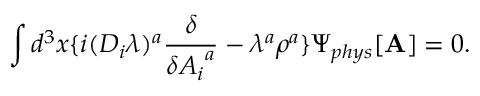
\int d ^ { 3 } x \{ i ( D _ { i } \lambda ) ^ { a } \frac { \delta } { \delta { A _ { i } } ^ { a } } - \lambda ^ { a } \rho ^ { a } \} { \Psi } _ { p h y s } [ { \bf A } ] = 0 .